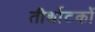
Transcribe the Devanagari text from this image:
तीर्थाटकों